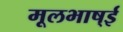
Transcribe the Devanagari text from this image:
मूलभाष्ई